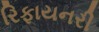
રિફાયનરી